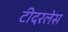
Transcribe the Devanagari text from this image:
टीदरलेस